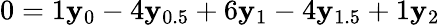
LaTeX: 0=1\mathbf{y}_{0}-4\mathbf{y}_{0.5}+6\mathbf{y}_{1}-4\mathbf{y}_{1.5}+1\mathbf{y}_{2}